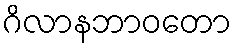
ဂိလာနဘာဝတော